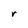
Character: r